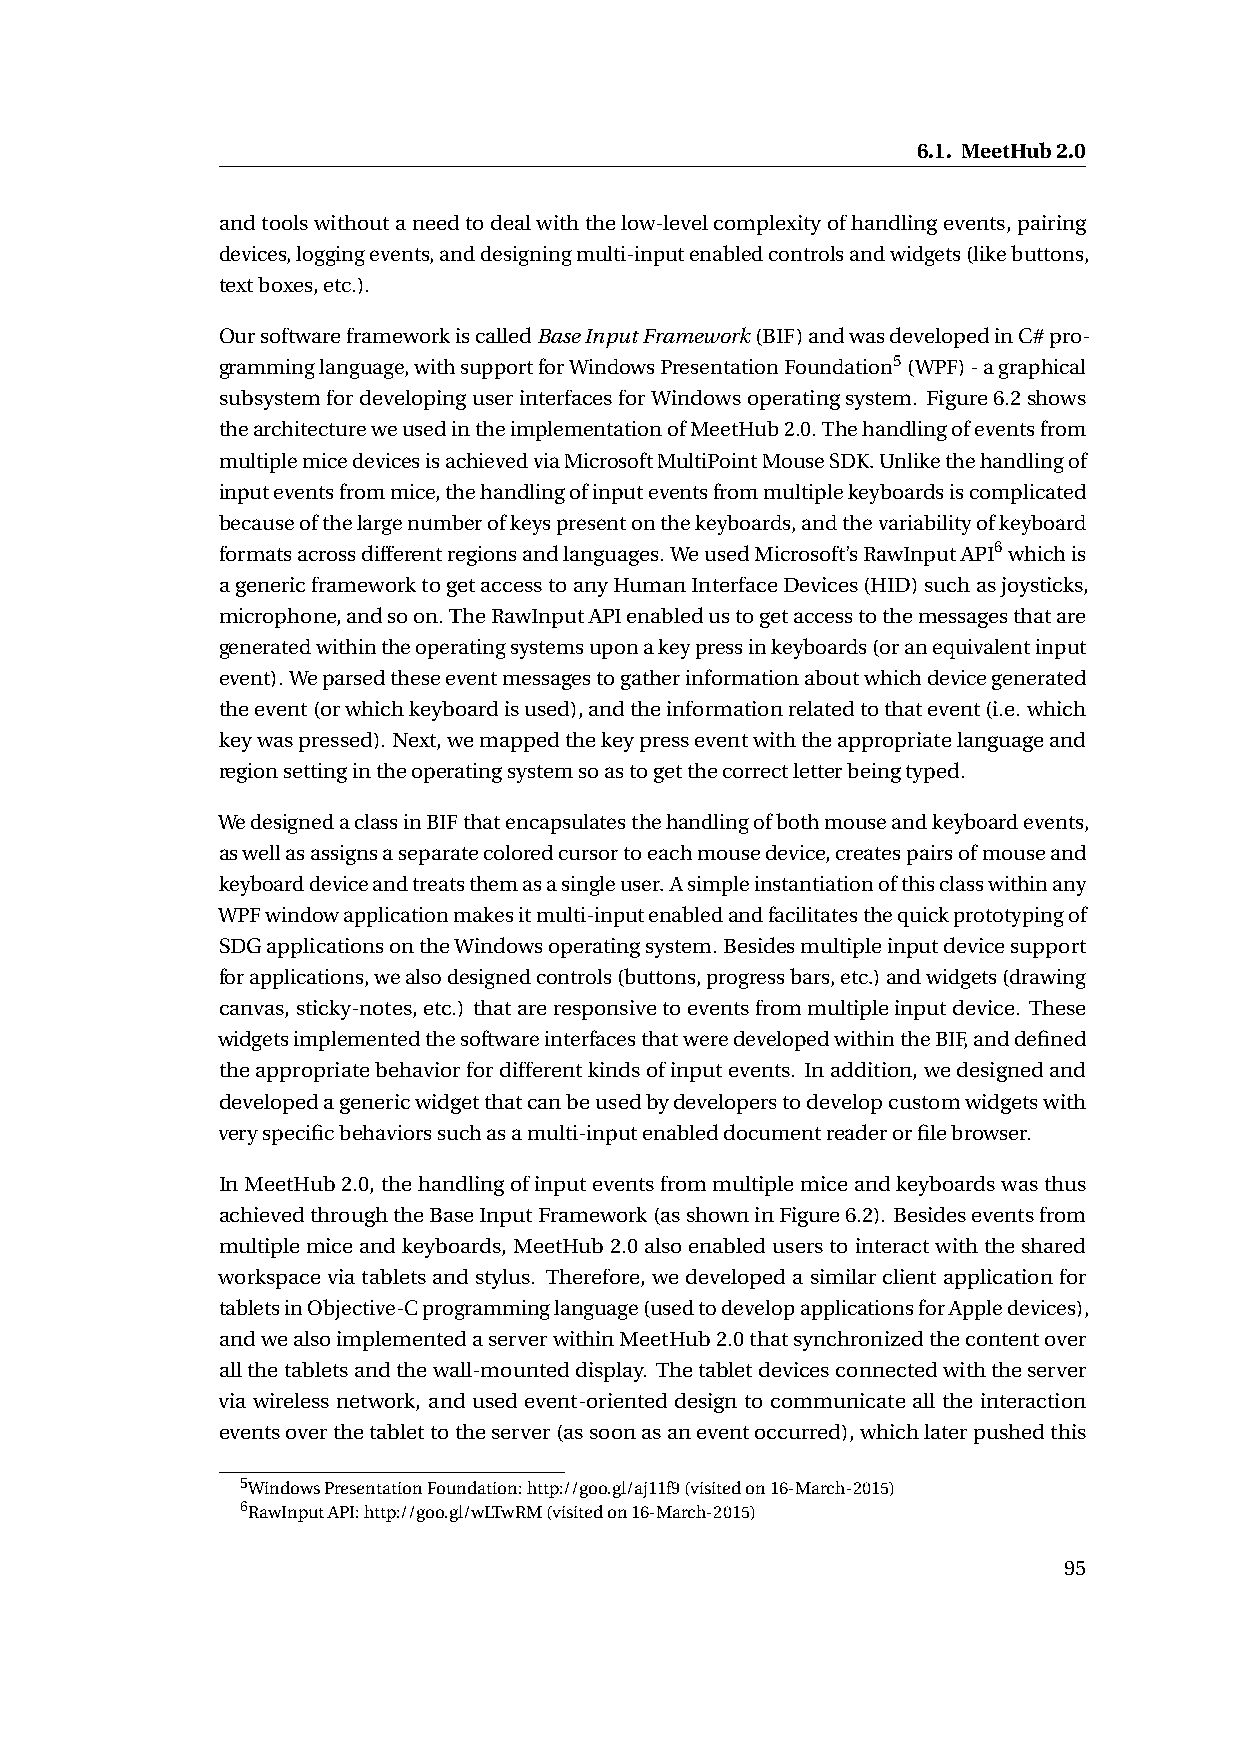
6.1. MeetHub2.0
 andtoolswithoutaneedtodealwiththelow-levelcomplexityofhandlingevents,pairing
 devices,loggingevents,anddesigningmulti-inputenabledcontrolsandwidgets(likebuttons,
 textboxes,etc.).
 OursoftwareframeworkiscalledBaseInputFramework(BIF)andwasdevelopedinC#pro-
 gramminglanguage,withsupportforWindowsPresentationFoundation5(WPF)-agraphical
 subsystemfordevelopinguserinterfacesforWindowsoperatingsystem. Figure6.2shows
 thearchitectureweusedintheimplementationofMeetHub2.0.Thehandlingofeventsfrom
 multiplemicedevicesisachievedviaMicrosoftMultiPointMouseSDK.Unlikethehandlingof
 inputeventsfrommice,thehandlingofinputeventsfrommultiplekeyboardsiscomplicated
 becauseofthelargenumberofkeyspresentonthekeyboards,andthevariabilityofkeyboard
 formatsacrossdifferentregionsandlanguages.WeusedMicrosoft’sRawInputAPI6whichis
 agenericframeworktogetaccesstoanyHumanInterfaceDevices(HID)suchasjoysticks,
 microphone,andsoon.TheRawInputAPIenabledustogetaccesstothemessagesthatare
 generatedwithintheoperatingsystemsuponakeypressinkeyboards(oranequivalentinput
 event).Weparsedtheseeventmessagestogatherinformationaboutwhichdevicegenerated
 theevent(orwhichkeyboardisused),andtheinformationrelatedtothatevent(i.e.which
 keywaspressed). Next,wemappedthekeypresseventwiththeappropriatelanguageand
 regionsettingintheoperatingsystemsoastogetthecorrectletterbeingtyped.
 WedesignedaclassinBIFthatencapsulatesthehandlingofbothmouseandkeyboardevents,
 aswellasassignsaseparatecoloredcursortoeachmousedevice,createspairsofmouseand
 keyboarddeviceandtreatsthemasasingleuser.Asimpleinstantiationofthisclasswithinany
 WPFwindowapplicationmakesitmulti-inputenabledandfacilitatesthequickprototypingof
 SDGapplicationsontheWindowsoperatingsystem.Besidesmultipleinputdevicesupport
 forapplications,wealsodesignedcontrols(buttons,progressbars,etc.)andwidgets(drawing
 canvas,sticky-notes,etc.) thatareresponsivetoeventsfrommultipleinputdevice. These
 widgetsimplementedthesoftwareinterfacesthatweredevelopedwithintheBIF,anddefined
 theappropriatebehaviorfordifferentkindsofinputevents. Inaddition,wedesignedand
 developedagenericwidgetthatcanbeusedbydeveloperstodevelopcustomwidgetswith
 veryspecificbehaviorssuchasamulti-inputenableddocumentreaderorfilebrowser.
 InMeetHub2.0,thehandlingofinputeventsfrommultiplemiceandkeyboardswasthus
 achievedthroughtheBaseInputFramework(asshowninFigure6.2). Besideseventsfrom
 multiplemiceandkeyboards,MeetHub2.0alsoenableduserstointeractwiththeshared
 workspaceviatabletsandstylus. Therefore, wedevelopedasimilarclientapplicationfor
 tabletsinObjective-Cprogramminglanguage(usedtodevelopapplicationsforAppledevices),
 andwealsoimplementedaserverwithinMeetHub2.0thatsynchronizedthecontentover
 allthetabletsandthewall-mounteddisplay. Thetabletdevicesconnectedwiththeserver
 via wireless network, and used event-oriented design to communicate all the interaction
 eventsoverthetablettotheserver(assoonasaneventoccurred),whichlaterpushedthis
 5WindowsPresentationFoundation:http://goo.gl/aj11f9(visitedon16-March-2015)
 6RawInputAPI:http://goo.gl/wLTwRM(visitedon16-March-2015)
 95